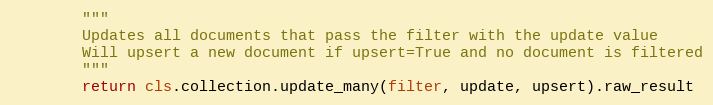
Language: Python
        """
        Updates all documents that pass the filter with the update value
        Will upsert a new document if upsert=True and no document is filtered
        """
        return cls.collection.update_many(filter, update, upsert).raw_result